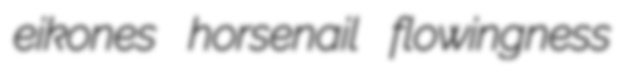
eikones horsenail flowingness